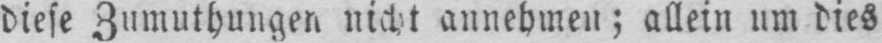
diese Zumuthungen nicht annehmen; allein um dies